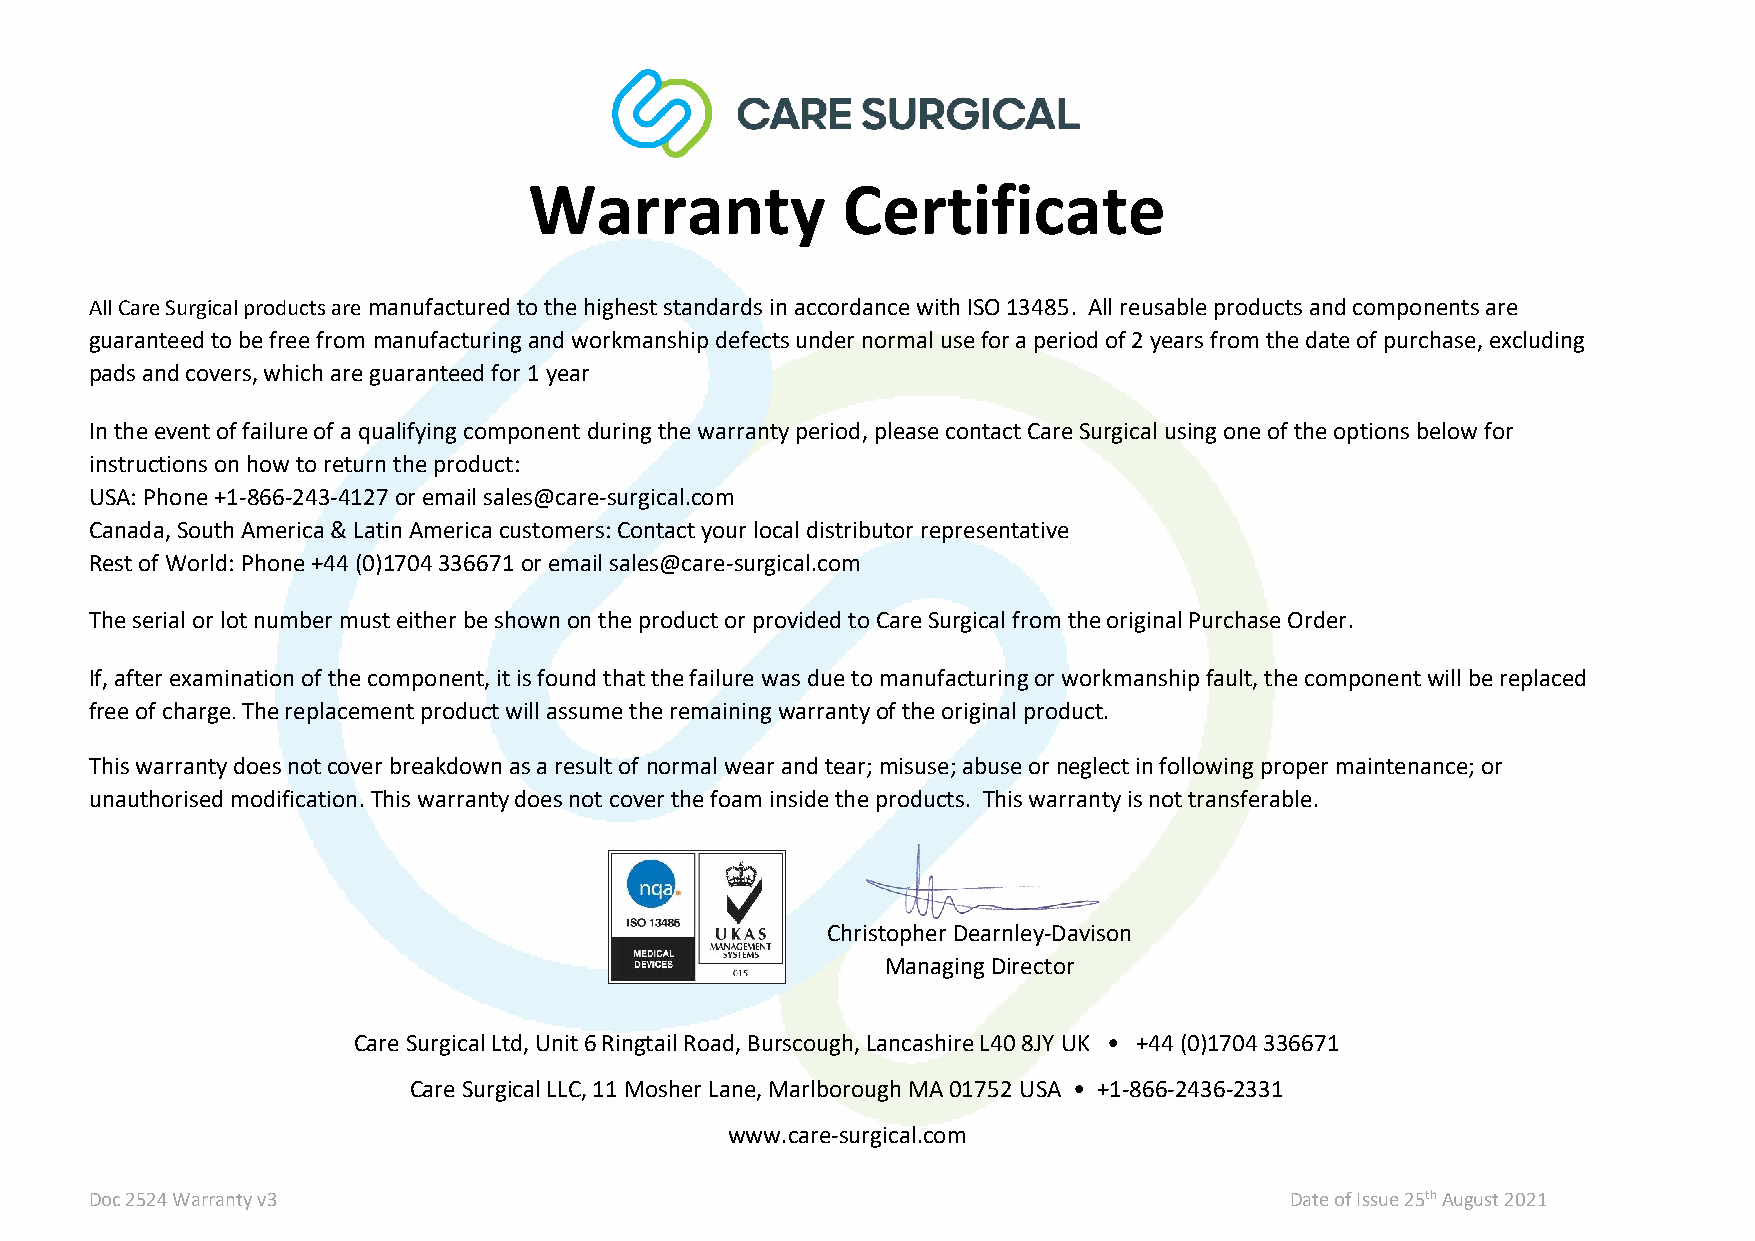
Warranty             Certificate
 All Care Surgical products are manufactured to the highest standards in accordance with ISO 13485. All reusable products and components are
 guaranteed to be free from manufacturing and workmanship defects under normal use for a period of 2 years from the date of purchase, excluding
 pads and covers, which are guaranteed for 1 year
 In the event of failure of a qualifying component during the warranty period, please contact Care Surgical using one of the options below for
 instructions on how to return the product:
 USA: Phone +1-866-243-4127 or email sales@care-surgical.com
 Canada, South America & Latin America customers: Contact your local distributor representative
 Rest of World: Phone +44 (0)1704 336671 or email sales@care-surgical.com
 The serial or lot number must either be shown on the product or provided to Care Surgical from the original Purchase Order.
 If, after examination of the component, it is found that the failure was due to manufacturing or workmanship fault, the component will be replaced
 free of charge. The replacement product will assume the remaining warranty of the original product.
 This warranty does not cover breakdown as a result of normal wear and tear; misuse; abuse or neglect in following proper maintenance; or
 unauthorised modification. This warranty does not cover the foam inside the products. This warranty is not transferable.
 Christopher Dearnley-Davison
 Managing Director
 Care Surgical Ltd, Unit 6 Ringtail Road, Burscough, Lancashire L40 8JY UK • +44 (0)1704 336671
 Care Surgical LLC, 11 Mosher Lane, Marlborough MA 01752 USA • +1-866-2436-2331
 www.care-surgical.com
 Doc 2524 Warranty v3                                                           Date of Issue 25th August 2021